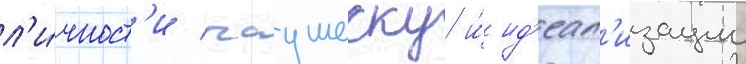
л'и́чност'и чаушеску и́ ид'еал'изации